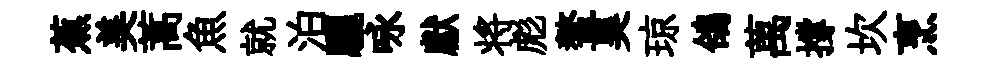
蕉美蒿魚就泊驪咏獻将彪鳌昊琼鴿萬撐坎烹